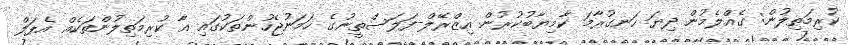
ކުރިމަތިލުން: ގެއްލެމުން ދިޔަ ހަނގުރާމަ ކާމިޔާބުކުރުން އިޒްރޭލް-ފަލަސްތީނުގެ ހަމަނުޖެހުންތަކުގައި އާ ކުރިމަތިލުންތަކެއް އެޕަލް